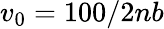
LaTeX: v_{0}=100/2nb